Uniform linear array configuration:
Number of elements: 8
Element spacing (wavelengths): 0.75
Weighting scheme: exponential
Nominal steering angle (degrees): -45
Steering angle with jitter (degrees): -44.958
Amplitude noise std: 0.05
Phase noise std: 0.05

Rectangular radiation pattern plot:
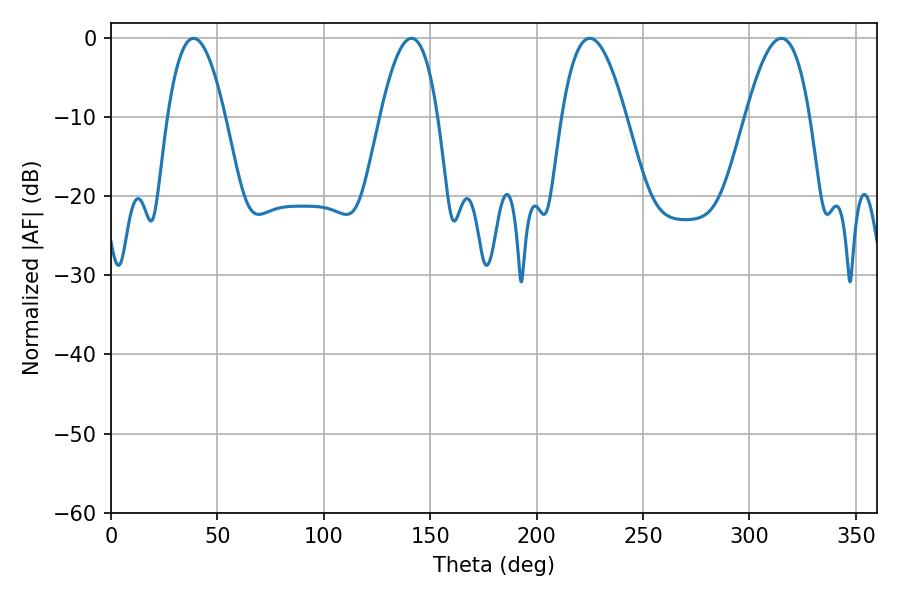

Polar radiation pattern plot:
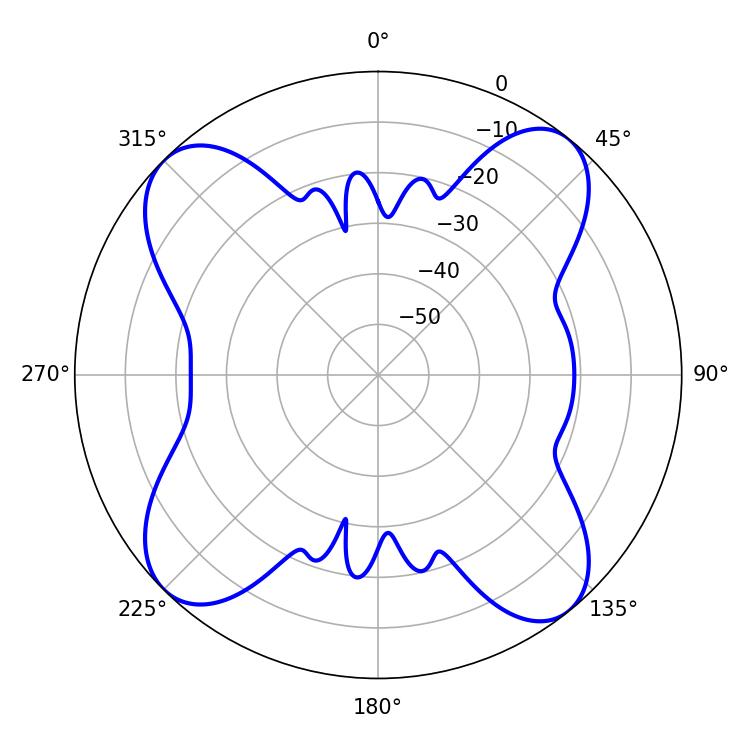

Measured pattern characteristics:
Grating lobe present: TRUE
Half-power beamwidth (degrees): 16.56
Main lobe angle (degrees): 225